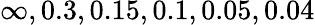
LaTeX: \infty,0.3,0.15,0.1,0.05,0.04